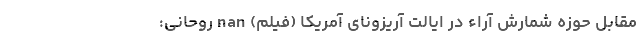
مقابل حوزه شمارش آراء در ایالت آریزونای آمریکا (فیلم) nan روحانی: